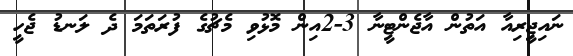
ނައިޖީިރިއާ އަތުން އާޖެންޓީނާ 3-2އިން މޮޅުވި މެޗުގެ ފުރަތަމަ ދެ ލަނޑު ޖެހީ